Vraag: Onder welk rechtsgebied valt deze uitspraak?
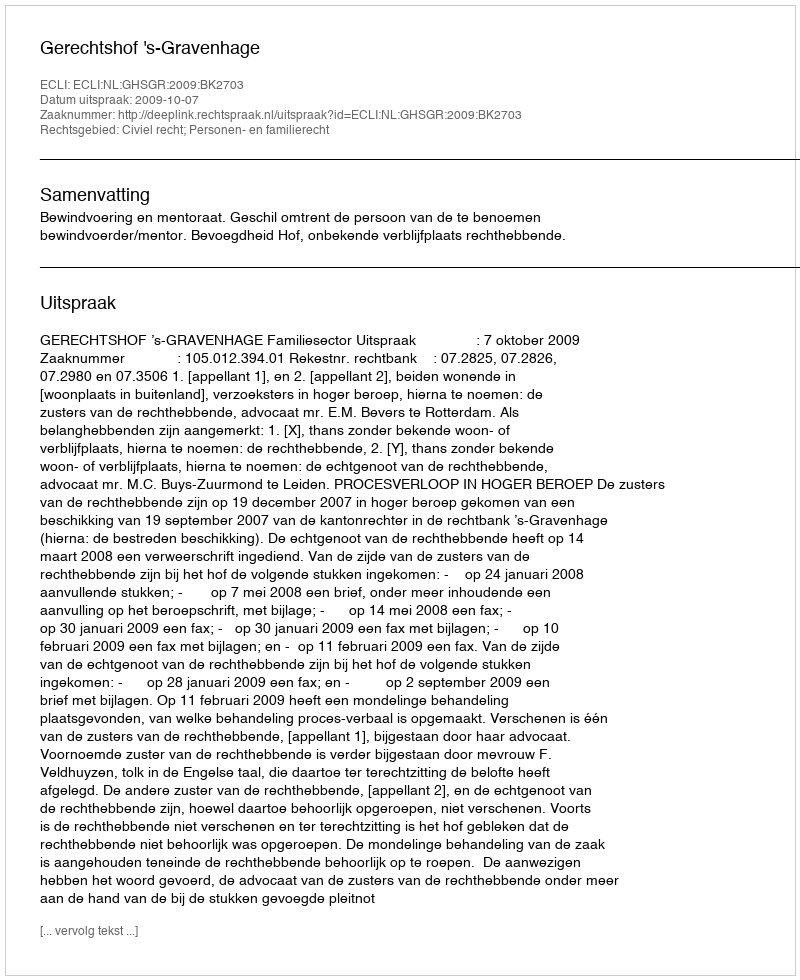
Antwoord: Civiel recht; Personen- en familierecht